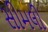
સીમલી